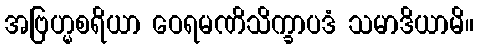
အဗြဟ္မစရိယာ ဝေရမဏိသိက္ခာပဒံ သမာဒိယာမိ။